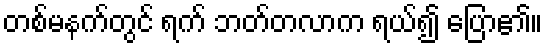
တစ်မနက်တွင် ရက် ဘတ်တလာက ရယ်၍ ပြော၏။